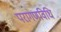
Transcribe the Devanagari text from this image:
परागणविधि